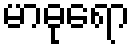
မာဓုရော